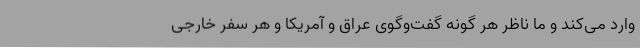
وارد می‌کند و ما ناظر هر گونه گفت‌وگوی عراق و آمریکا و هر سفر خارجی